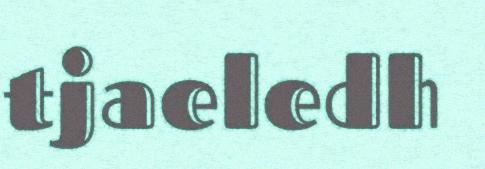
tjaeledh